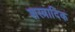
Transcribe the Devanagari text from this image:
शस्त्रादिक